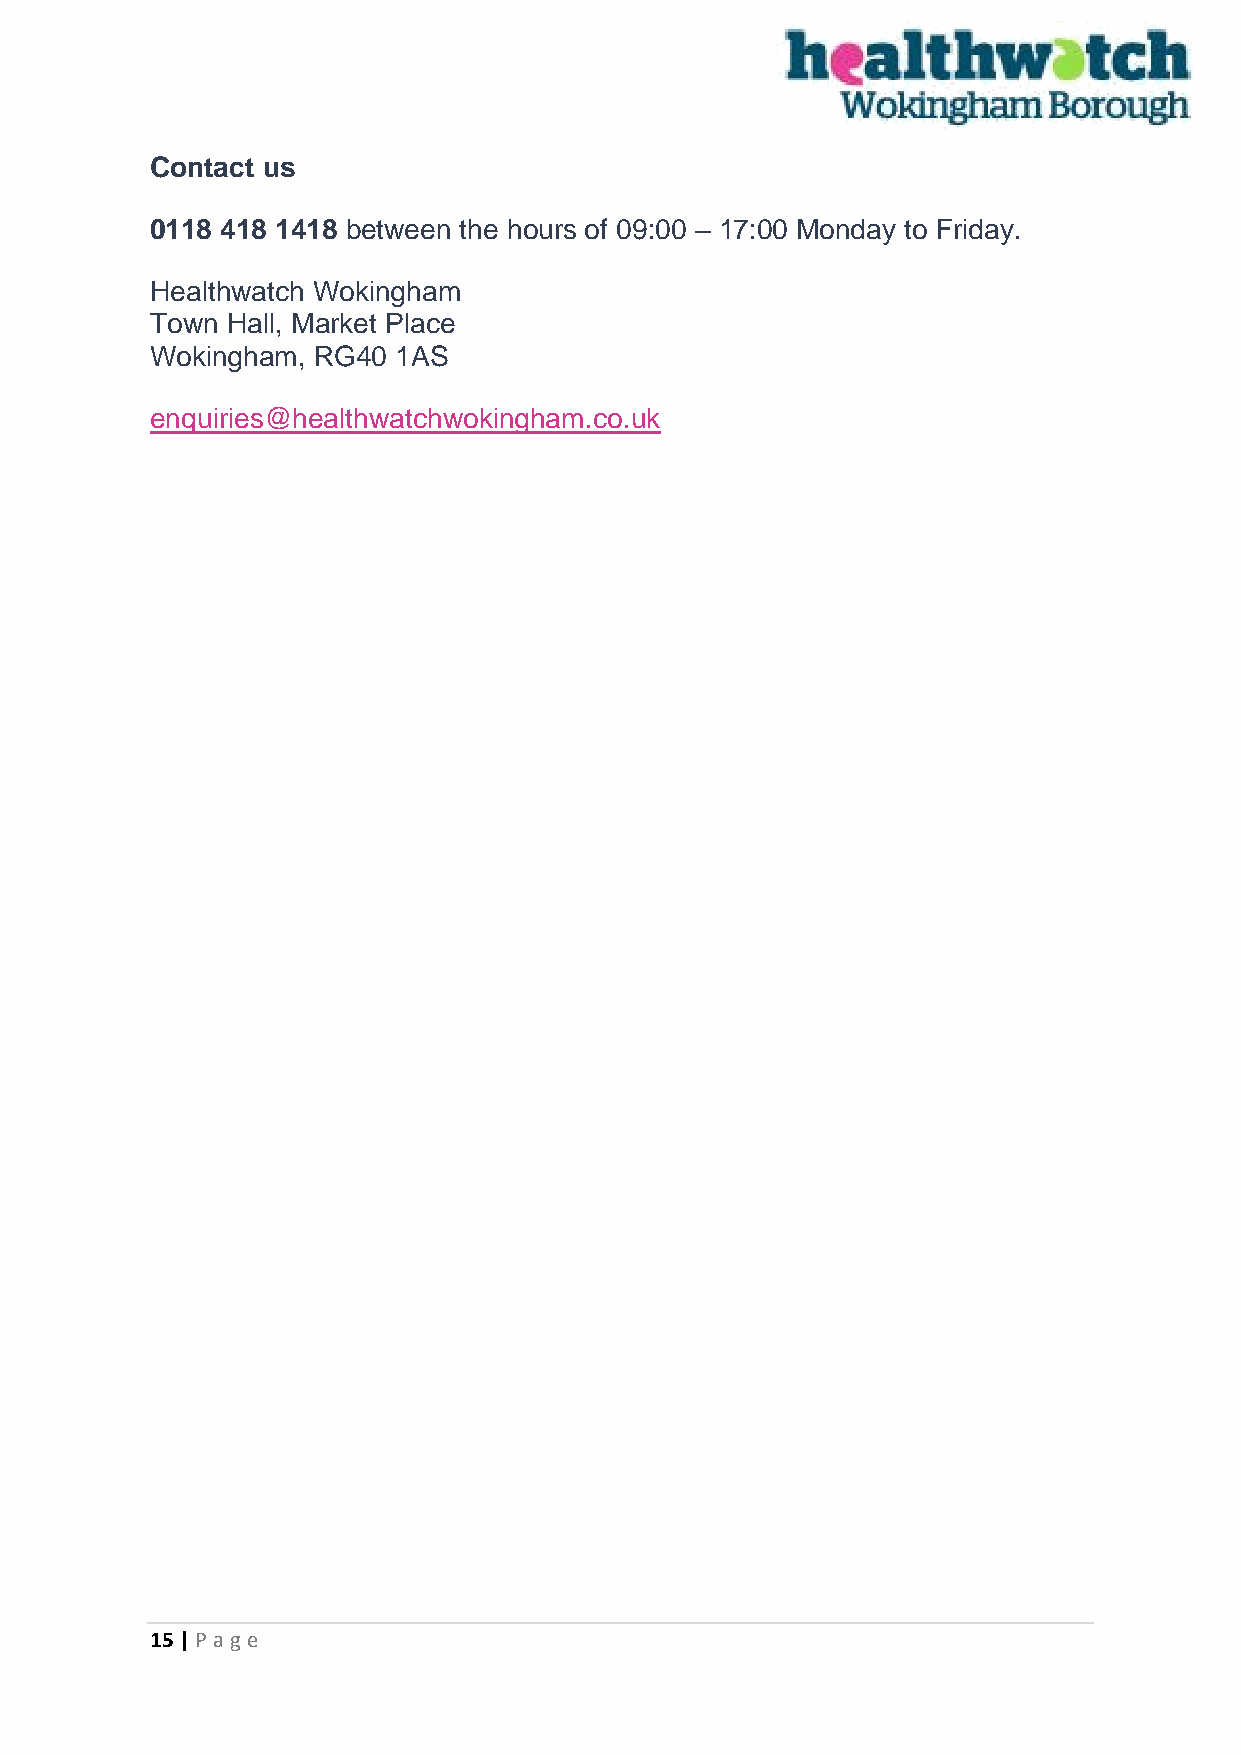
Contact us
 0118 418 1418 between the hours of 09:00 – 17:00 Monday to Friday.
 Healthwatch Wokingham
 Town Hall, Market Place
 Wokingham, RG40 1AS
 enquiries@healthwatchwokingham.co.uk
 15 | P age